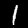
Label: 1